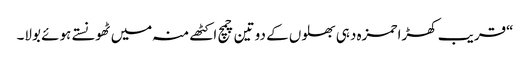
“قریب کھڑا حمزہ دہی بھلوں کے دو تین چمچ اکٹھے منہ میں ٹھونستے ہوئے بولا۔